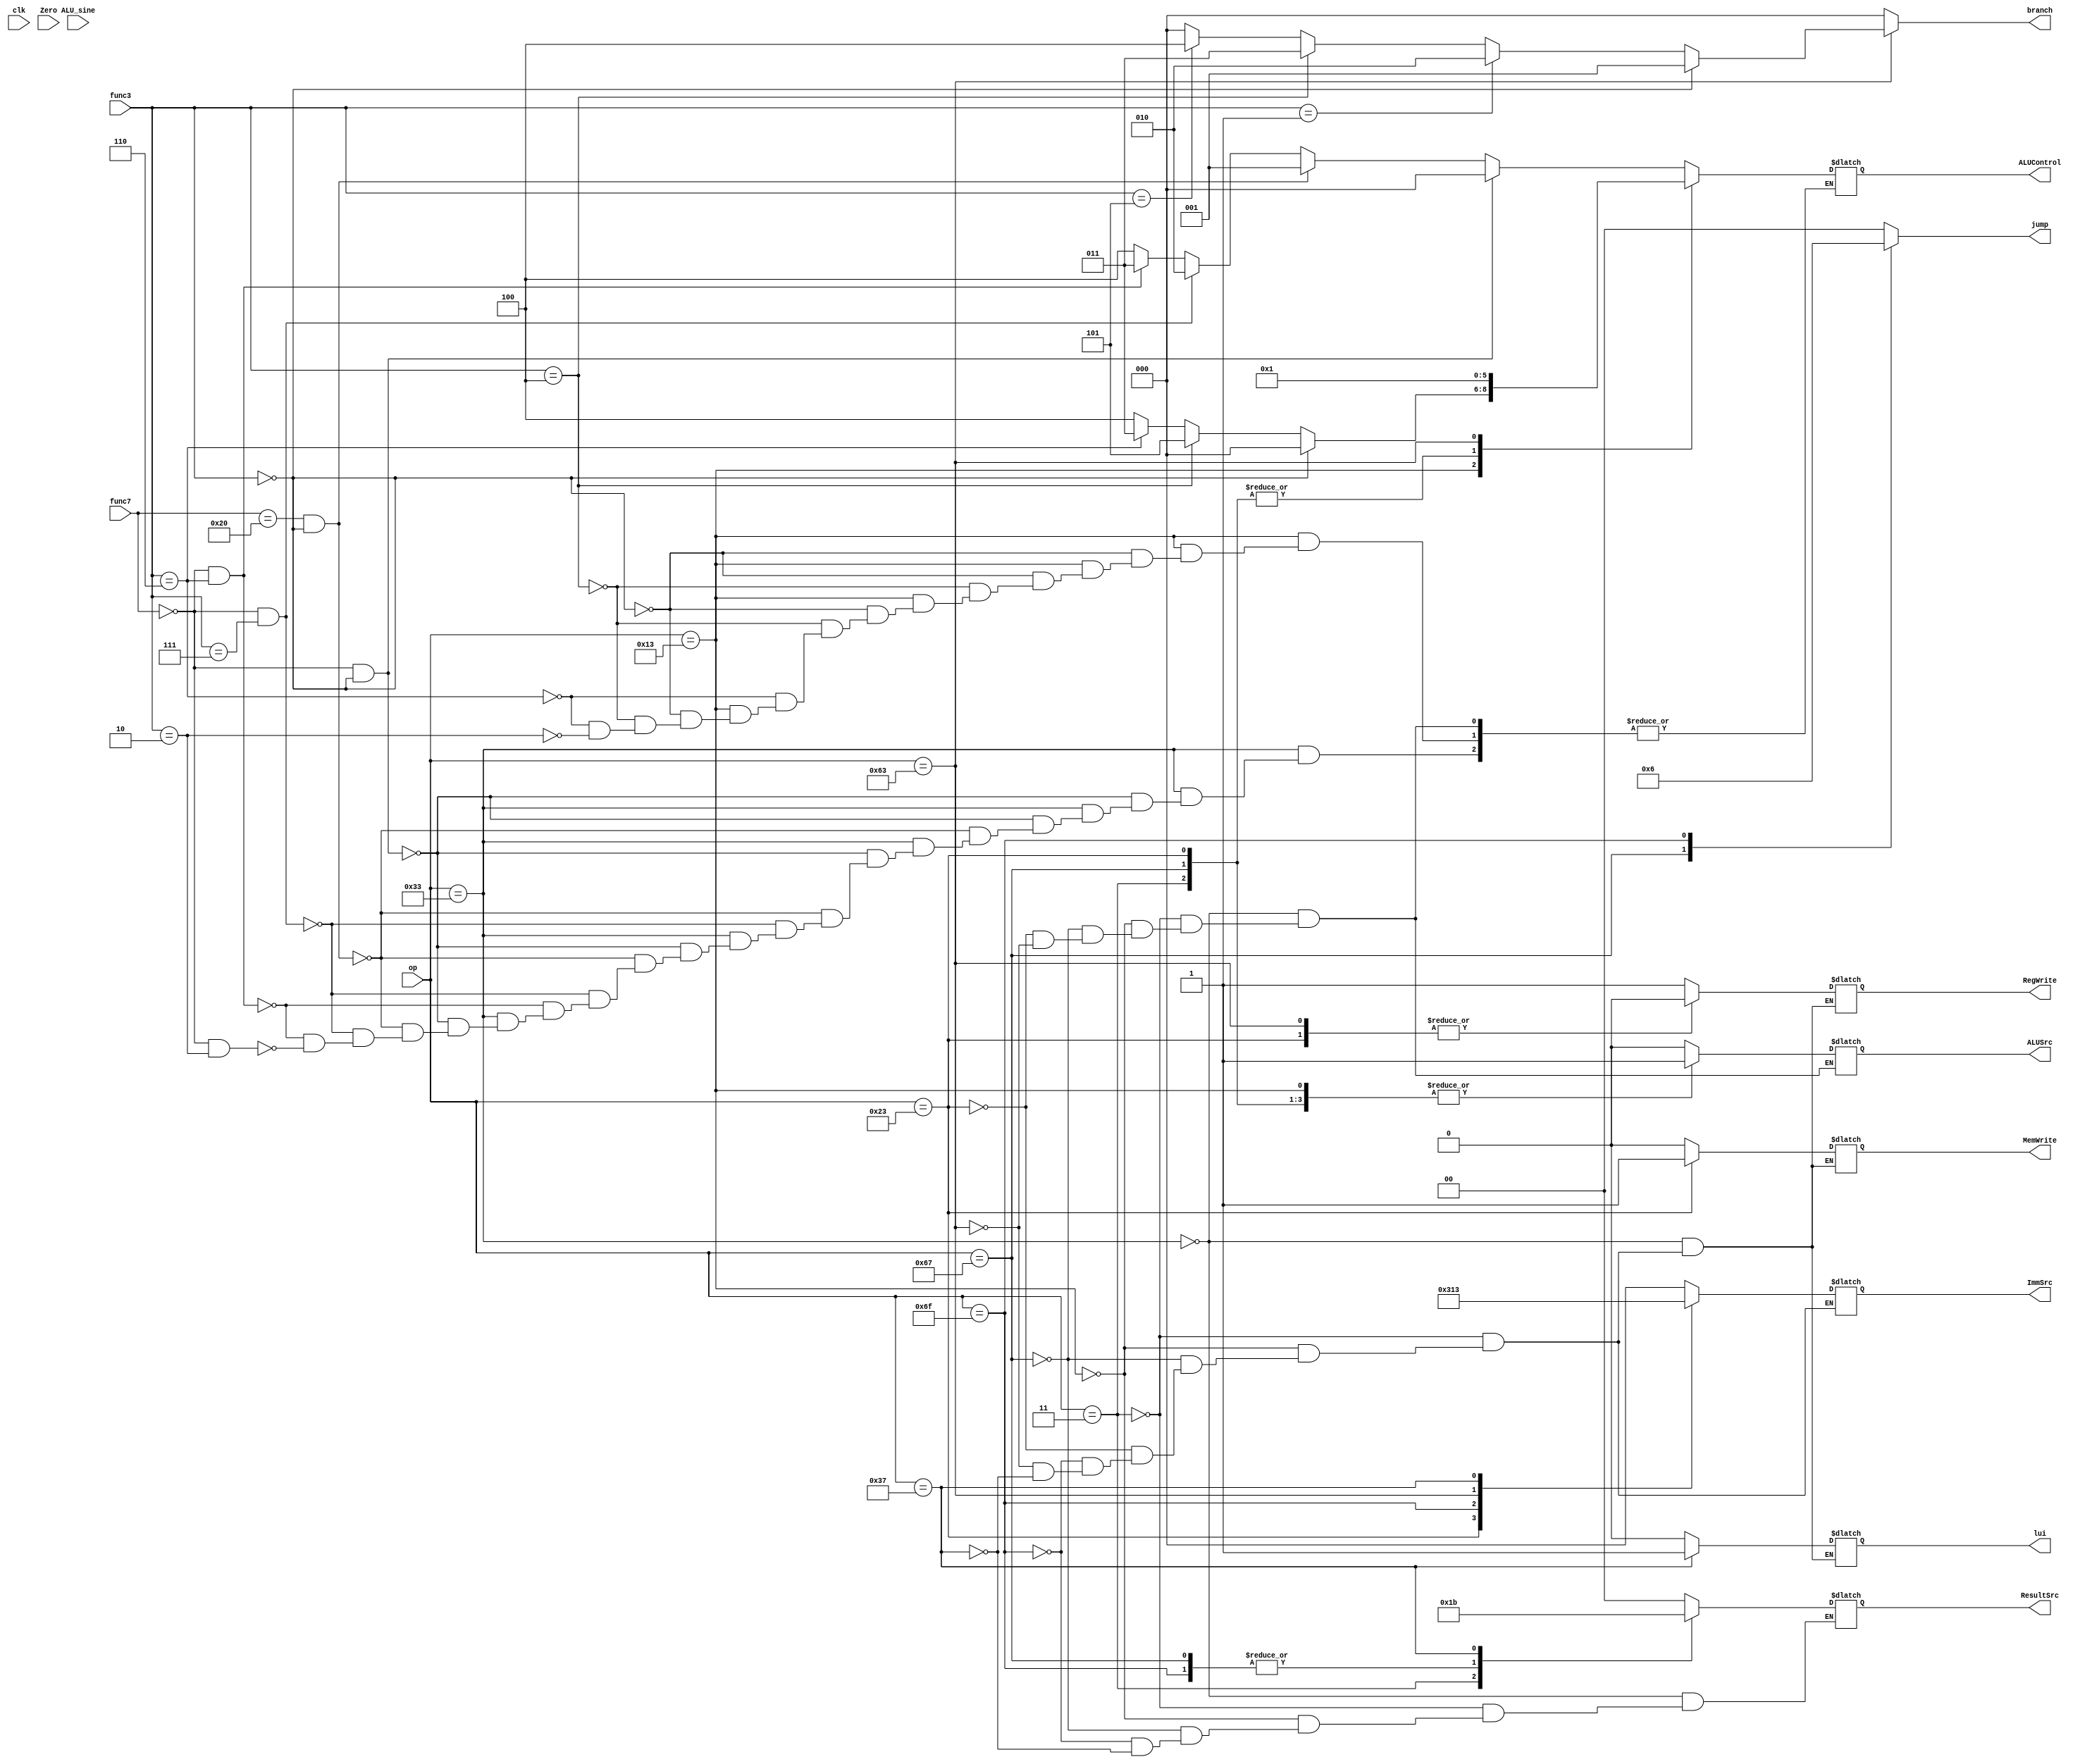
module controller (
    input clk, Zero, ALU_sine,
    input[2:0] func3,
    input[6:0] op, func7,
    output reg MemWrite, ALUSrc, RegWrite,
    output reg [1:0] jump, ResultSrc,
    output reg [2:0] ALUControl, ImmSrc, branch,
    output reg lui
);

    always@(op,func3,func7) begin
        case(op)
            7'b0110011: begin                                     //R
                            lui = 1'b0;
                            jump = 2'b00;
                            branch = 3'b000;
                            ResultSrc = 2'b00;
                            MemWrite = 1'b0;
                            ALUSrc = 1'b0;
                            RegWrite = 1'b1;
                            if(func7 == 7'b0000000 && func3 == 3'b000) ALUControl = 3'b000;
                            else if(func7 == 7'b0100000 && func3 == 3'b000) ALUControl = 3'b001;
                            else if(func7 == 7'b0000000 && func3 == 3'b111) ALUControl = 3'b010;
                            else if(func7 == 7'b0000000 && func3 == 3'b110) ALUControl = 3'b011;
                            else if(func7 == 7'b0000000 && func3 == 3'b010) ALUControl = 3'b100;

                        end

            7'b0000011: begin                                   //lw
                            lui = 1'b0;
                            jump = 2'b00;
                            branch = 3'b000;
                            ResultSrc = 2'b01;
                            MemWrite = 1'b0;
                            ALUControl = 3'b000;
                            ALUSrc = 1'b1;
                            ImmSrc = 3'b000;
                            RegWrite = 1'b1;
                        end

            7'b0010011: begin                                   //I
                            lui = 1'b0;
                            jump = 2'b00;
                            branch = 3'b000;
                            ResultSrc = 2'b00;
                            MemWrite = 1'b0;
                            ALUSrc = 1'b1;
                            ImmSrc = 3'b000;
                            RegWrite = 1'b1;
                            if(func3 == 3'b000) ALUControl = 3'b000;
                            else if(func3 == 3'b100) ALUControl = 3'b101;
                            else if(func3 == 3'b110) ALUControl = 3'b011;
                            else if(func3 == 3'b010) ALUControl = 3'b100;
                        end

            7'b1100111: begin                                   //jalr
                            lui = 1'b0;
                            jump = 2'b01;
                            branch = 3'b000;
                            ResultSrc = 2'b10;
                            MemWrite = 1'b0;
                            ALUControl = 3'b000;
                            ALUSrc = 1'b1;
                            ImmSrc = 3'b000;
                            RegWrite = 1'b1;
                        end

            7'b0100011: begin                                   //S
                            lui = 1'b0;
                            jump = 2'b00;
                            branch = 3'b000;
                            MemWrite = 1'b1;
                            ALUControl = 3'b000;
                            ALUSrc = 1'b1;
                            ImmSrc = 3'b001;
                            RegWrite = 1'b0;
                        end

            7'b1101111: begin                                   //jal
                            lui = 1'b0;
                            jump = 2'b10;
                            branch = 3'b000;
                            ResultSrc = 2'b10;
                            MemWrite = 1'b0;
                            ImmSrc = 3'b100;
                            RegWrite = 1'b1;
                        end

            7'b1100011: begin                                   //B
                            lui = 1'b0;
                            jump = 2'b00;
                            MemWrite = 1'b0;
                            ALUControl = 3'b001;
                            ALUSrc = 1'b0;
                            ImmSrc = 3'b010;
                            RegWrite = 1'b0;
                            if (func3 == 3'b000)  branch = 3'b001;
                            else if (func3 == 3'b001)  branch = 3'b010; 
                            else if (func3 == 3'b100)  branch = 3'b011; 
                            else if (func3 == 3'b101)  branch = 3'b100; 
			                else branch = 3'b000;
                        end

            7'b0110111: begin
                            lui = 1'b1;
                            jump = 2'b00;
                            branch = 3'b000;
                            ResultSrc = 2'b11;
                            MemWrite = 1'b0;
                            ImmSrc = 3'b011;
                            RegWrite = 1'b1;
                        end
		    default: begin
                            jump = 2'b00;
                            branch = 3'b000;
                        end
        endcase 
    end
endmodule